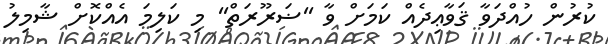
ކުރުން ހުއްދަވާ ޤަވާޢިދެއް ކަމަށް ވާ ''ޟަރޫރަތް'' މި ކަލިމަ އެއްކޮށް ޝާމިލު